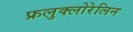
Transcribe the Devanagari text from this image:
फ्रलुक्लोरेलिन